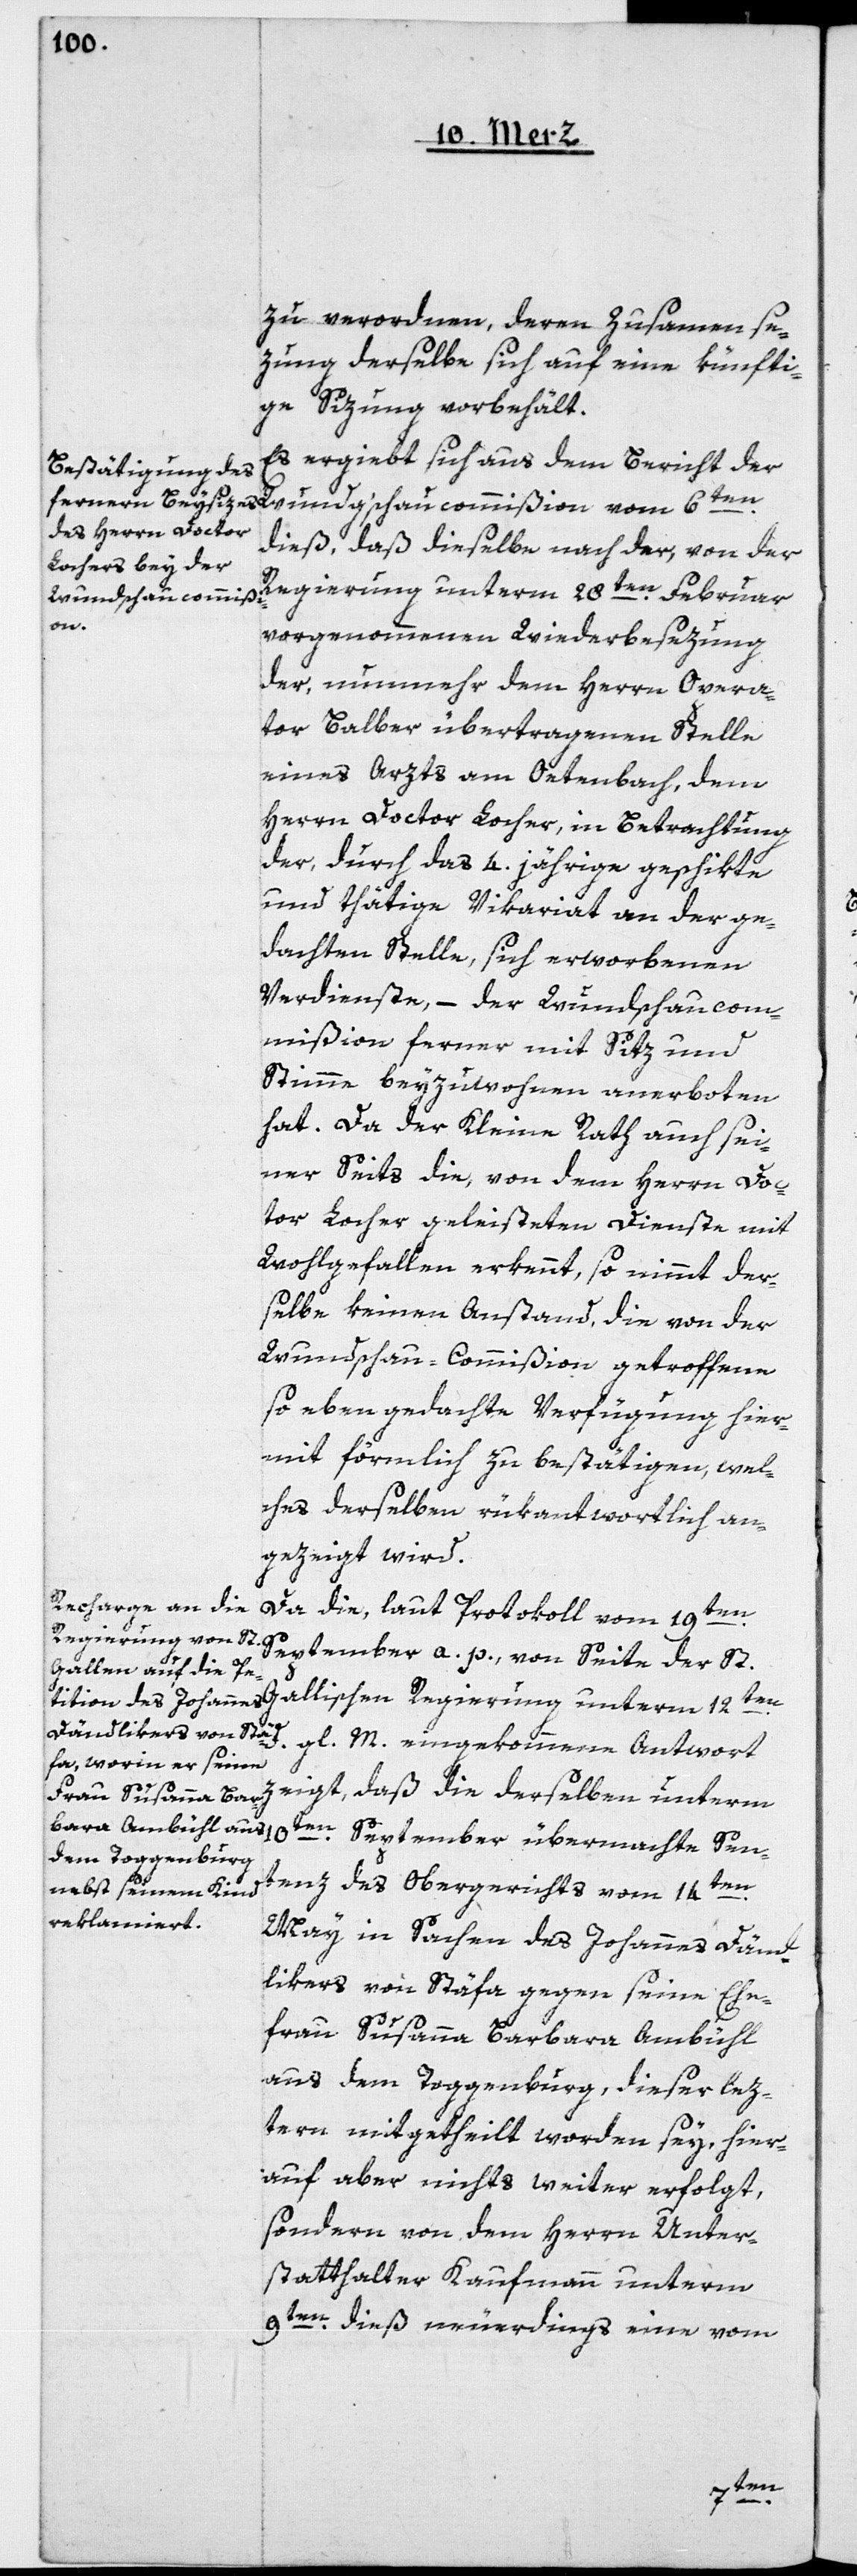
zu verordnen, deren Zusammense¬
zung derselbe sich auf eine künfti¬
ge Sizung vorbehält.
Es ergiebt sich aus dem Bericht der
en
dieß, daß dieselbe nach der, von der
Regierung unterm 28ten Februar
Wundg’schaucommißi¬
d.
vorgenommenen Wiederbesezung
der, nunmehr dem Herrn Opera¬
tor Balber übetragenen Stelle
eines Arzts am Oetenbach, dem
Herrn Doctor Locher, in Betrachtung
der, durch das 4. jährige geschikte
und thätige Vikariat an der ge¬
dachten Stelle, sich erworbenen
Verdienste, – der Wundschaucom¬
mißion ferner mit Sitz und
Stimme beyzuwohnen anerboten
hat. Da der Kleine Rath auch sei¬
ner Seits die, von dem Herrn Doc¬
tor Locher geleisteten Dienste mit
Wohlgefallen erkennt, so nimmt der¬
selbe keinen Anstand, die von der
Wundschau-Commißion getroffenen,
so eben gedachte Verfügung hier¬
mit förmlich zu bestätigen, wel¬
ches derselben rükantwortlich an¬
gezeigt wird.
Da die, laut Protokoll vom 19ten
September a. p., von Seite der St.
Gallischen Regierung unterm 12t¬
en
zeigt, daß die derselben unterm
10ten September übermachte Sen¬
tenz des Obergerichts vom 14t¬
May in Sachen des Johannes Dänd¬
likers von Stäfa gegen seine Ehe¬
frau Susanna Barbara Ambühl
aus dem Toggenburg, dieser lez¬
tern mitgetheilt worden sey, hier¬
auf aber nichts weiter erfolgt,
sondern von dem Herrn Unter¬
statthalter Kaufmann unterm
9ten dieß neuerdings eine vom
6ten